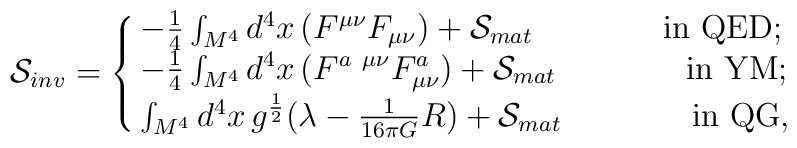
{\cal S }_{inv} = \cases{  - \frac{1}{4} \int_{M^4} d^4x \, (F^{\mu\nu}F_{\mu\nu})  +{\cal S}_{mat} \qquad \qquad \mbox{in QED;} \cr  - \frac{1}{4} \int_{M^4} d^4x \, (F^{a~\mu\nu}F^a_{\mu\nu})  +{\cal S}_{mat} \qquad \qquad \mbox{in YM;} \cr  \int_{M ^4} d^4x \, g^{\frac{1}{2}}(\lambda -\frac{1}{16\pi G}R)  +{\cal S}_{mat} \qquad \qquad \mbox{in QG},\cr}